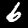
Label: 6